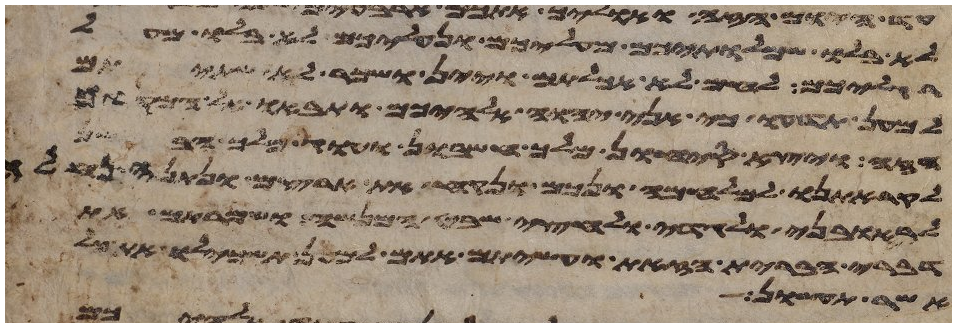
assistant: לא בלו שמלתיכם מעליכם ונעליכם לא בלו מעל
רגליכם לחם לא אכלתם ויין ושכר לא שתיתם
למען תדעו כי אני יהוה אלהיכם ותבאו אל המקום
הזה ויצא סיחון מלך חשבון ועוג מלך הבשן
לקראתנו למלחמה ונכם ונקח את ארצם ונתנה נחלה
לראובני ולגדי ולחצי שבט המנשה ושמרתם את
דברי הברית הזאת ועשיתם אתם למען תשכילו את
אשר עשו